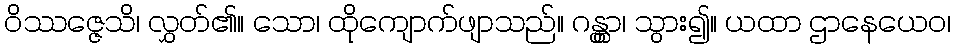
ဝိဿဇ္ဇေသိ၊ လွှတ်၏။ သော၊ ထိုကျောက်ဖျာသည်။ ဂန္တွာ၊ သွား၍။ ယထာ ဌာနေယေဝ၊